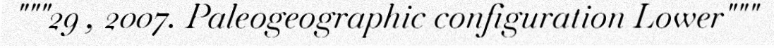
"""29 , 2007. Paleogeographic configuration Lower"""